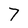
Character: 7